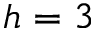
h = 3